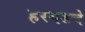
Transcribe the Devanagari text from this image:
हरगडचे